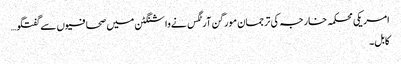
امریکی محکمہ خارجہ کی ترجمان مورگن آرٹگس نےواشنگٹن میں صحافیوں سےگفتگو…
کابل۔